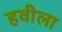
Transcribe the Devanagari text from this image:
हवीला